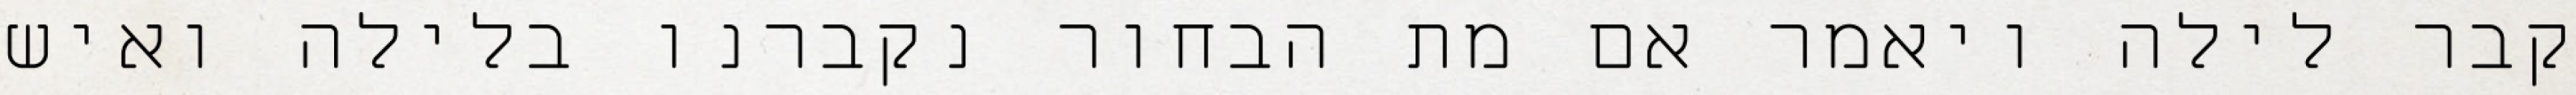
קבר לילה ויאמר אם מת הבחור נקברנו בלילה ואיש